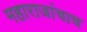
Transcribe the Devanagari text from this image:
महाराजांचाच